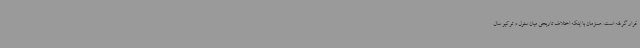
قرار گرفته است. همزمان با اینکه اختلاف تاریخی میان سئول و توکیو سال